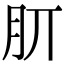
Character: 𣍠